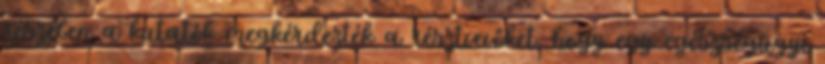
részében a kutatók megkérdezték a résztvevőket, hogy egy egészségügyi